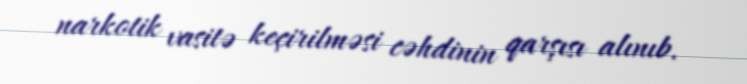
narkotik vasitə keçirilməsi cəhdinin qarşısı alınıb.